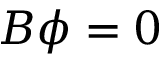
B \phi = 0